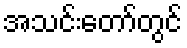
အသင်းတော်တွင်